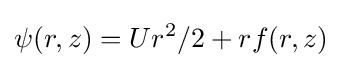
\psi (r,z)=Ur^{2}/2+rf(r,z)